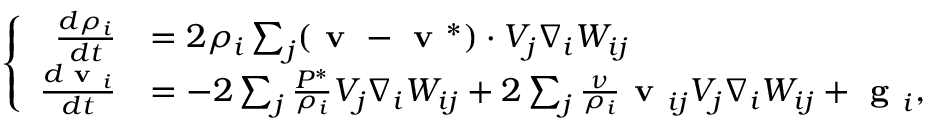
\left\{ \begin{array} { r l } { \frac { d \rho _ { i } } { d t } } & { = 2 { \rho _ { i } } \sum _ { j } ( \textbf { v } - \textbf { v } ^ { * } ) \cdot V _ { j } \nabla _ { i } W _ { i j } } \\ { \frac { d \textbf { v } _ { i } } { d t } } & { = - 2 \sum _ { j } \frac { { P } ^ { * } } { \rho _ { i } } V _ { j } \nabla _ { i } W _ { i j } + 2 \sum _ { j } \frac { \nu } { \rho _ { i } } \textbf { v } _ { i j } V _ { j } \nabla _ { i } W _ { i j } + \textbf { g } _ { i } , } \end{array} \right.